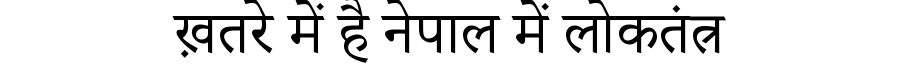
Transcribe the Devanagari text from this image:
ख़तरे में है नेपाल में लोकतंत्र